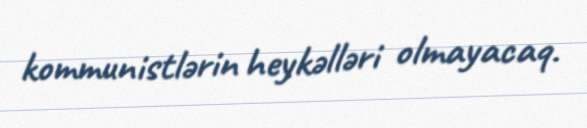
kommunistlərin heykəlləri olmayacaq.